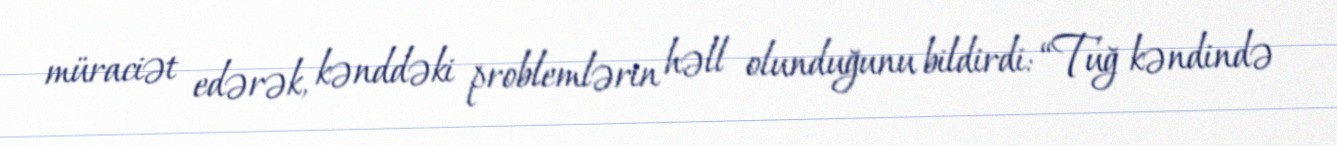
müraciət edərək, kənddəki problemlərin həll olunduğunu bildirdi: “Tuğ kəndində